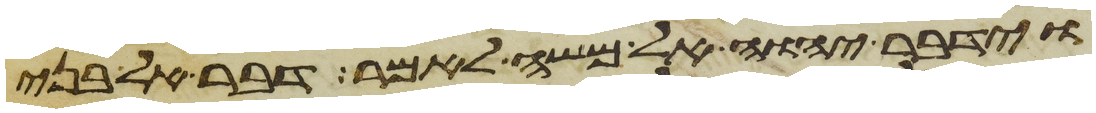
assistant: וידבר יהוה אל משה לאמר דבר אל בני